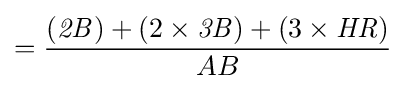
={\frac {({\mathit {2B}})+(2\times {\mathit {3B}})+(3\times {\mathit {HR}})}{AB}}